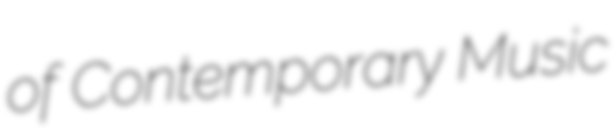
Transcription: of Contemporary Music